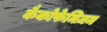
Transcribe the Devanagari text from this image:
कैकोफेमिज़म